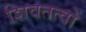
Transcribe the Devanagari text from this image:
शिवतत्वों